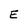
Character: E